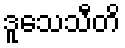
ဒူသေသီတိ